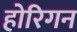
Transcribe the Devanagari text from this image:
होरिगन